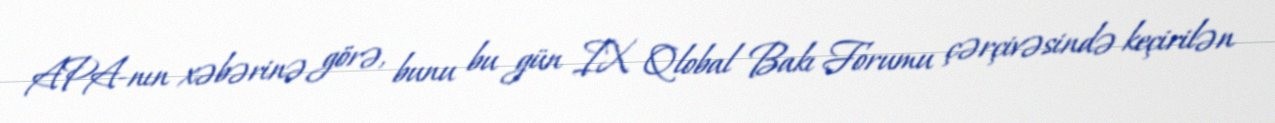
APA-nın xəbərinə görə, bunu bu gün IX Qlobal Bakı Forumu çərçivəsində keçirilən